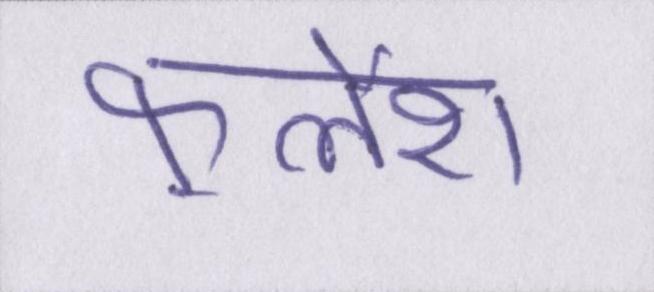
फ़्लैश